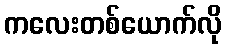
ကလေးတစ်ယောက်လို